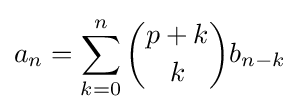
a_{n}=\sum _{k=0}^{n}{\binom {p+k}{k}}b_{n-k}